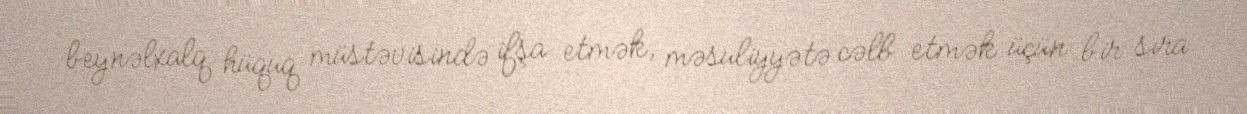
beynəlxalq hüquq müstəvisində ifşa etmək, məsuliyyətə cəlb etmək üçün bir sıra